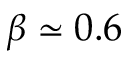
\beta \simeq 0 . 6